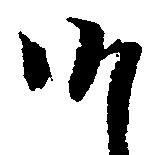
候